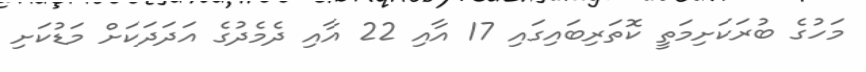
މަހުގެ ބުރަކަށިމަތީ ކޮތަރިބައިގައި 17 އާއި 22 އާއި ދެމެދުގެ އަދަދަކަށް މަޑުކަށި